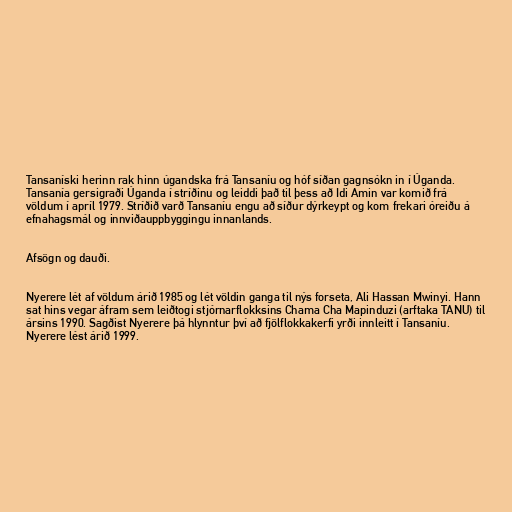
Tansaníski herinn rak hinn úgandska frá Tansaníu og hóf síðan gagnsókn in í Úganda.
Tansanía gersigraði Úganda í stríðinu og leiddi það til þess að Idi Amin var komið frá
völdum í apríl 1979. Stríðið varð Tansaníu engu að síður dýrkeypt og kom frekari óreiðu á
efnahagsmál og innviðauppbyggingu innanlands.

Afsögn og dauði.

Nyerere lét af völdum árið 1985 og lét völdin ganga til nýs forseta, Ali Hassan Mwinyi. Hann
sat hins vegar áfram sem leiðtogi stjórnarflokksins Chama Cha Mapinduzi (arftaka TANU) til
ársins 1990. Sagðist Nyerere þá hlynntur því að fjölflokkakerfi yrði innleitt í Tansaníu.
Nyerere lést árið 1999.